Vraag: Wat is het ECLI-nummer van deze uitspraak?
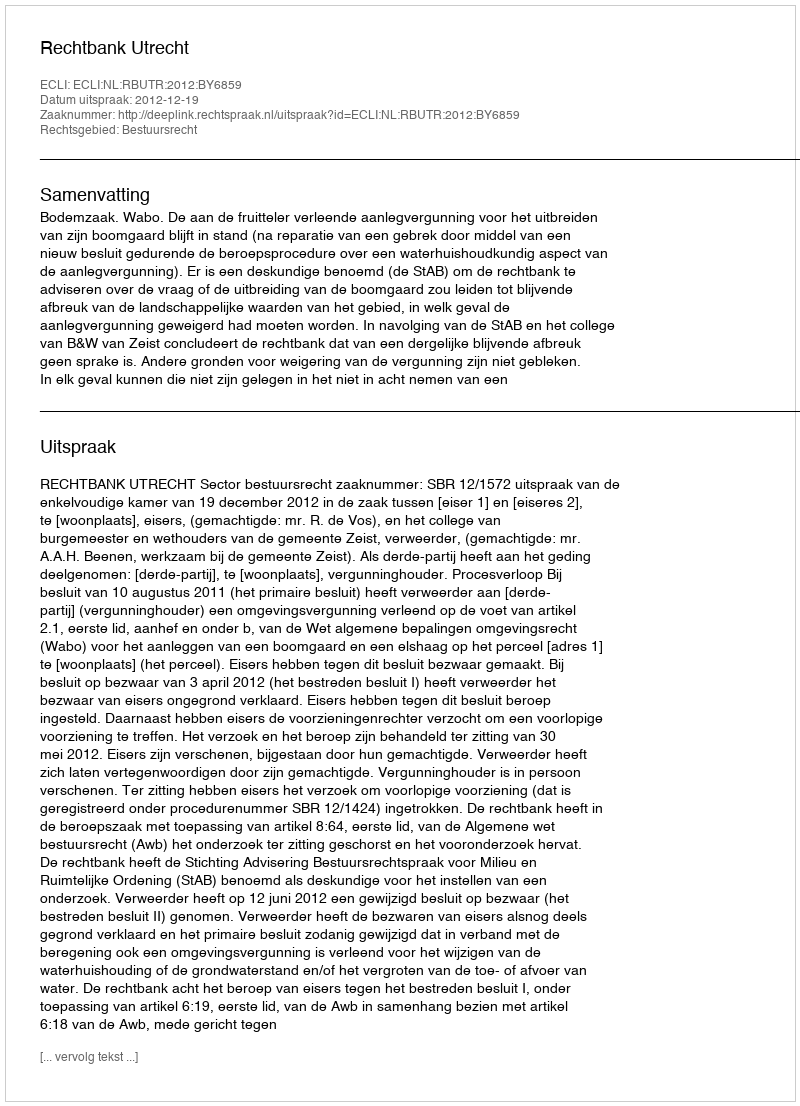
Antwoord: ECLI:NL:RBUTR:2012:BY6859